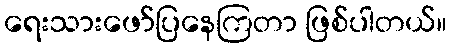
ရေးသားဖော်ပြနေကြတာ ဖြစ်ပါတယ်။